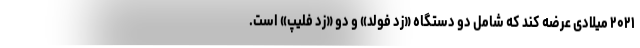
۲۰۲۱ میلادی عرضه کند که شامل دو دستگاه «زد فولد» و دو «زد فلیپ» است.